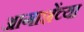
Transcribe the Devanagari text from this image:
आगाशेंच्या